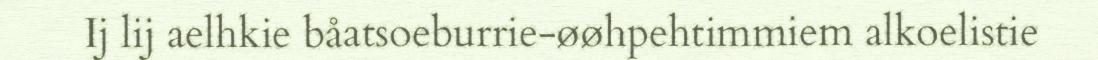
Ij lij aelhkie båatsoeburrie-øøhpehtimmiem alkoelistie